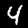
Digit: 4